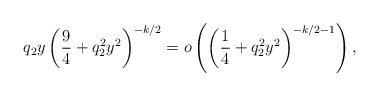
LaTeX: \begin{align*}q_2 y\left(\frac{9}{4} + q_2^2 y^2\right)^{-k/2}=o\left(\left(\frac{1}{4}+q_2^2 y^2\right)^{-k/2-1}\right),\end{align*}